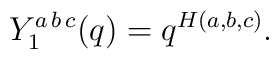
Y_1^{a\,b\,c}(q)=q^{H(a,b,c)}.